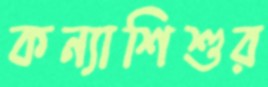
কন্যাশিশুর